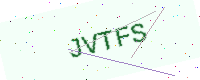
Text: JVTFS